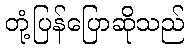
တုံ့ပြန်ပြောဆိုသည်